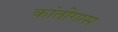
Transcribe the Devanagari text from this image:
कांतीगास